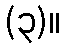
(၃)။